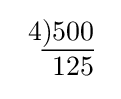
{\begin{array}{r}4{\underline {)500}}\\125\\\end{array}}